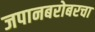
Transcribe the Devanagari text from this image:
जपानबरोबरचा